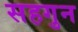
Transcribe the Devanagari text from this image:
सहगुन